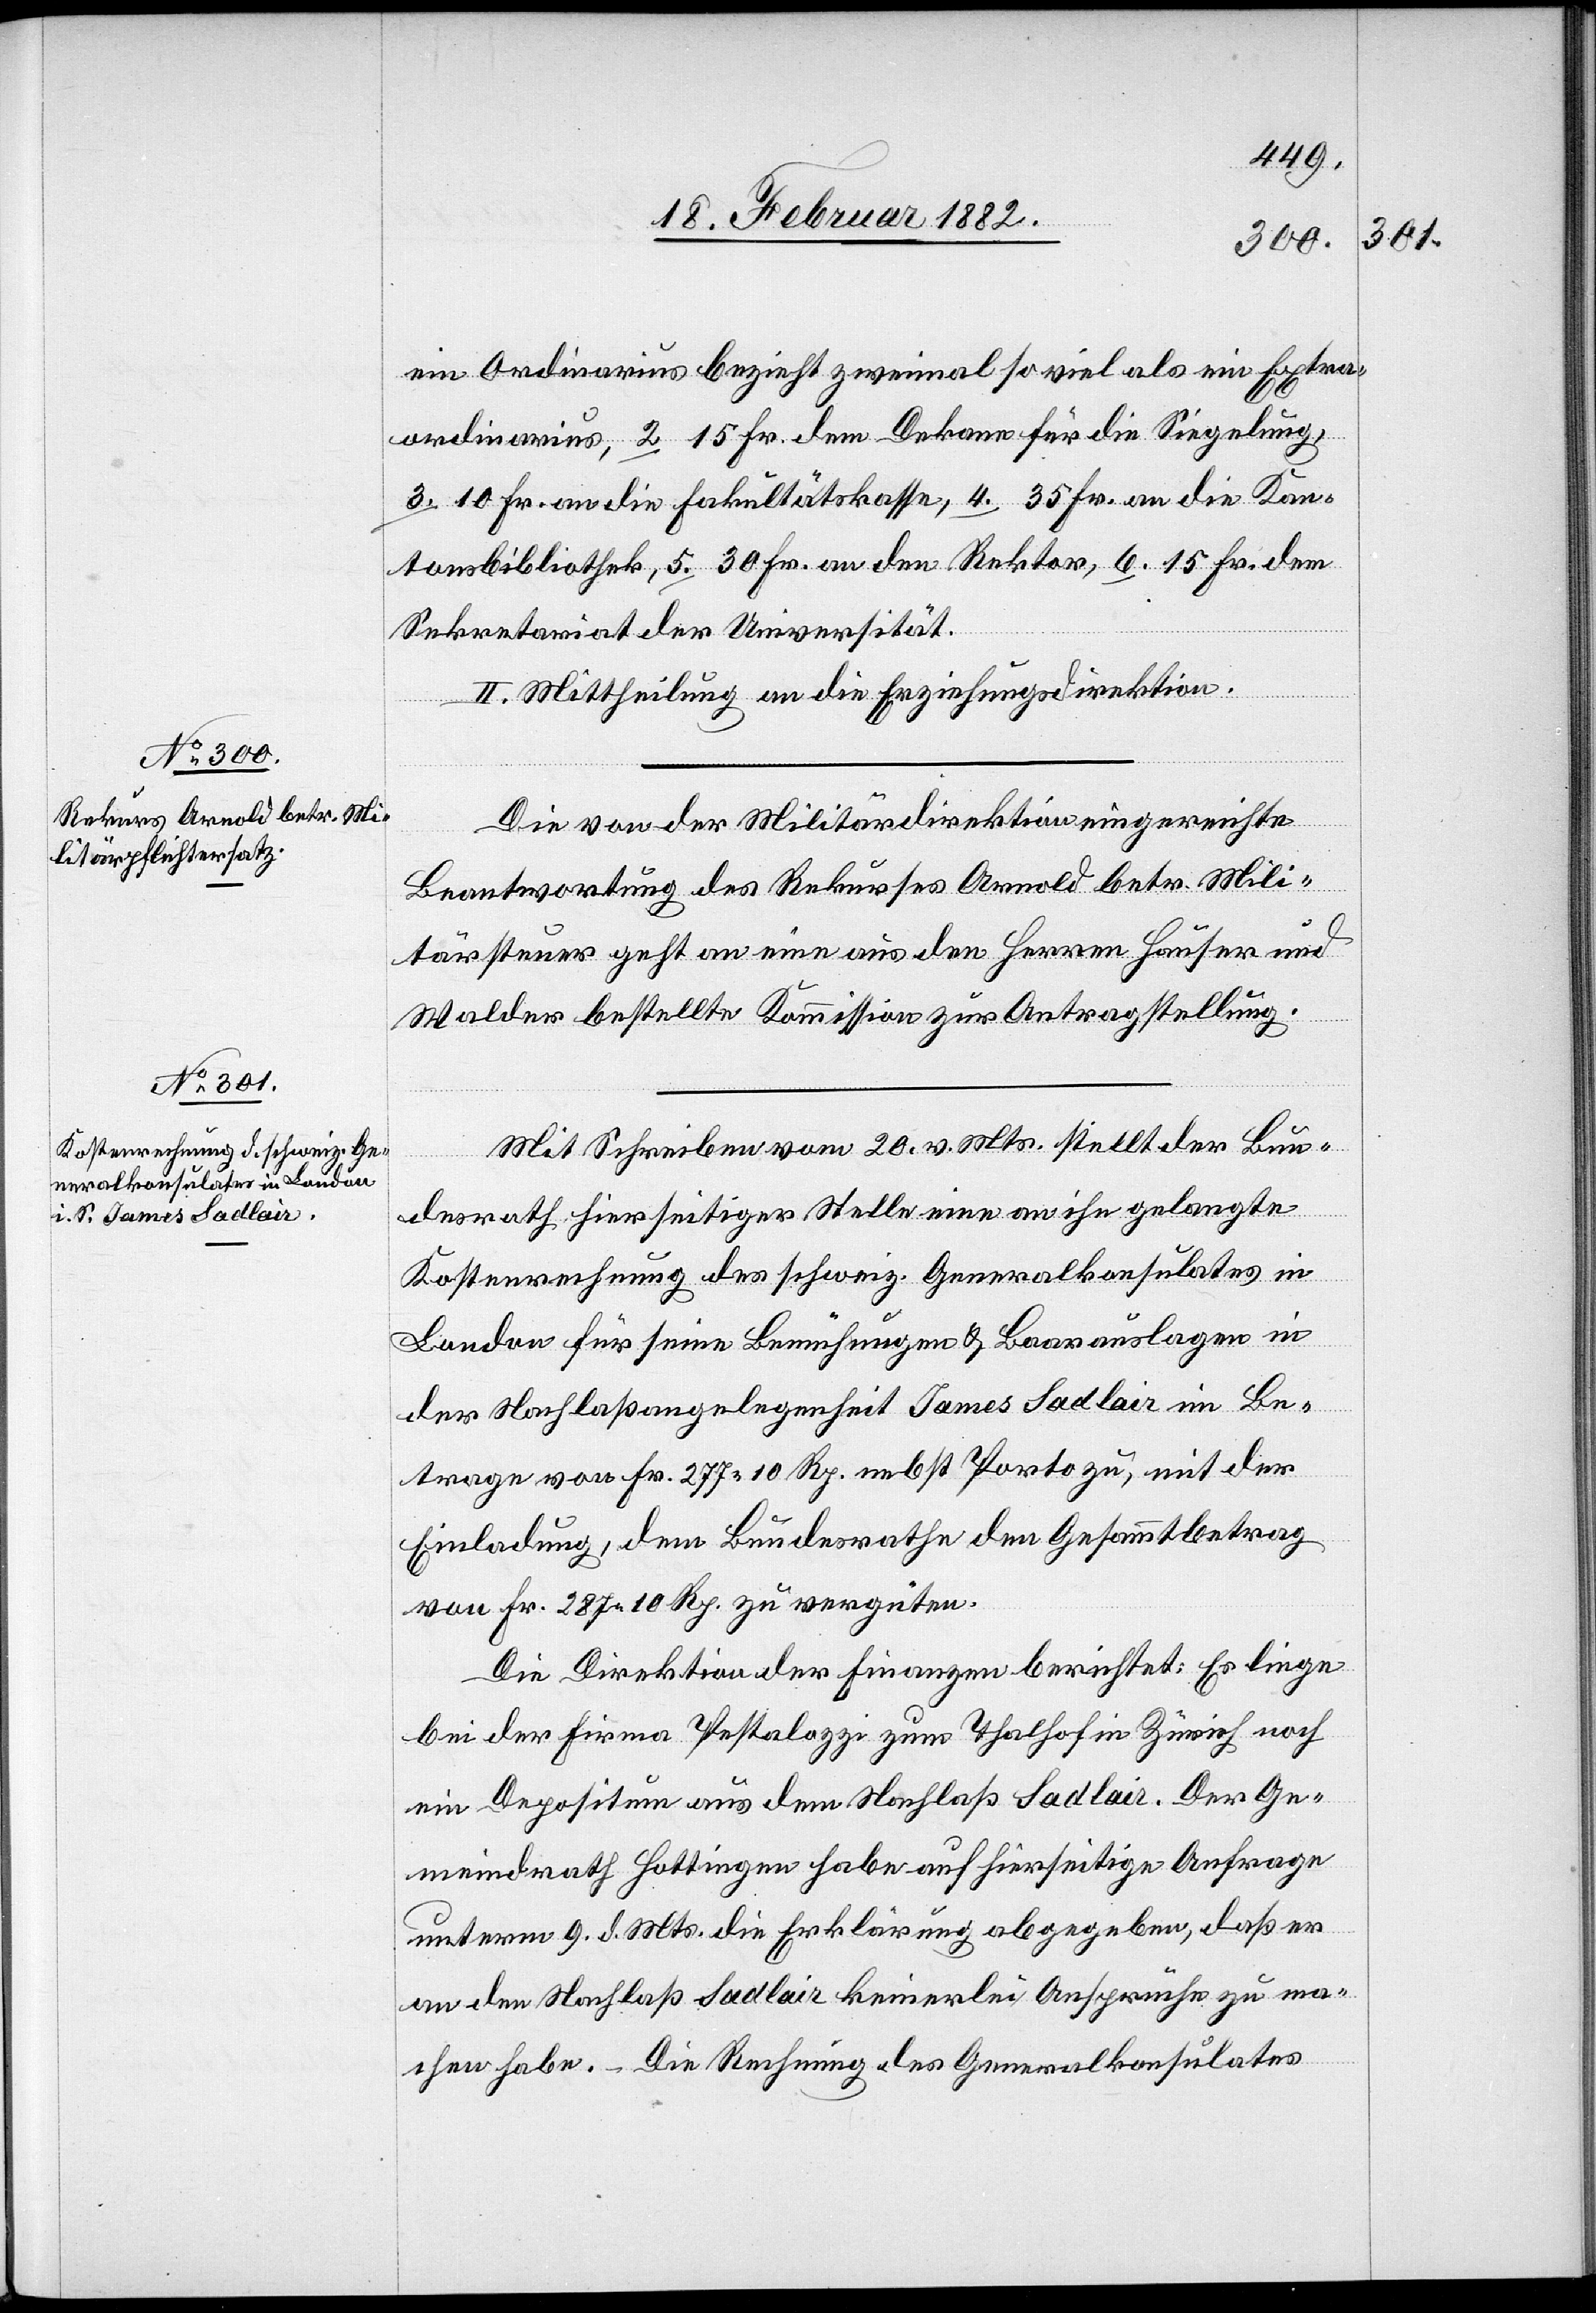
Die von der Militärdirektion eingereichte
Beantwortung des Rekurses Arnold betr. Mili¬
tärsteuer geht an einen aus den Herren Häuser und
Walder bestellte Kommission zur Antragstellung.
Mit Schreiben vom 20. v. Mts. stellt der Bun¬
desrath hierseitiger Stelle eine an ihn gelangte
Kostenrechnung des schweiz. Generalkonsulates in
London für seine Bemühungen & Baarauslagen in
der Nachlaßangelegenheit James Sadlair im Be¬
trage von Fr. 277 10 Rp. nebst Porto zu, mit der
Einladung, dem Bundesrathe den Gesammtbetrag
von Fr. 287 10 Rp. zu vergüten.
Die Direktion der Finanzen berichtet: Es liege
bei der Firma Pestalozzi zum Thalhof in Zürich noch
ein Depositum aus dem Nachlaß Sadlair. Der Ge¬
meindrath Hottingen habe auf hierseitige Anfrage
unterm 9. d. Mts. die Erklärung abgegeben, daß er
an den Nachlaß Sadlair keinerlei Ansprüche zu ma¬
chen habe. – Die Rechnung des Generalkonsulates